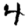
Digit: 4